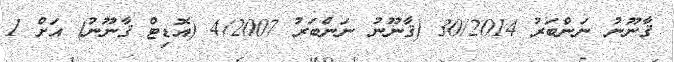
ޤާނޫނު ނަންބަރު 30/2014 (ޤާނޫނު ނަންބަރު 4/2007 (އޮޑިޓް ޤާނޫނު) އަށް 1